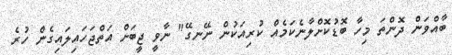
ބާއްވަން ދޮންތަ މިހާ ބޮޑުކޮށްލާނެކަމެއް ކުރިއަކުން ނޭނގޭ" ނާވީ ޖީބަށް އަތްޖަހައިލައިގެން ހުރެ